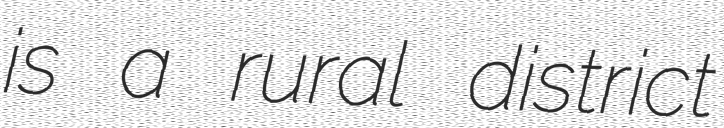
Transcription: is a rural district